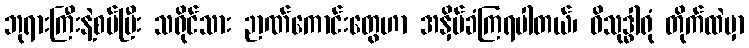
ဘုရားကြီးနဲ့စပ်ပြီး သရိုင်သား ဉာဏ်ကောင်းတွေဟာ အနှိမ်ခံကြရပါတယ်၊ ဝိသုဒ္ဓါရုံ တိုက်ထဲမှာ